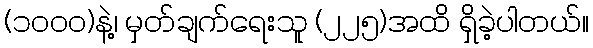
(၁၀၀၀)နဲ့၊ မှတ်ချက်ရေးသူ (၂၂၅)အထိ ရှိခဲ့ပါတယ်။